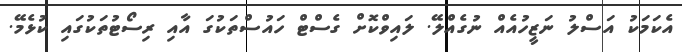
އެކަމަކު އަސްލު ނަޒީހުއެއް ނުގެއްލޭ. ލައިވްކޮށް ގެސްޓް ހައުސްތަކުގަ އާއި ރިސޯޓުތަކުގައި ކުޅެމޭ.